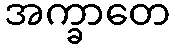
အက္ခာတေ